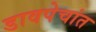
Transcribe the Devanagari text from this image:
डावपेचांत